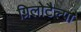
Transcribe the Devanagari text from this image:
ग्रिलोटैल्पा